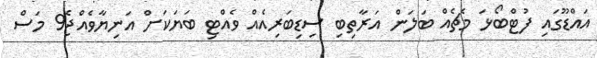
އައްޑޫގައި ފުޓްބޯޅަ މެޗެއް ބަލަން އަރާތިބި ސިޑިބަރިއެއް ވެއްޓި ބަޔަކަށް އަނިޔާވެއްޖެ9 މަސް